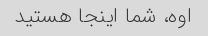
اوه، شما اینجا هستید